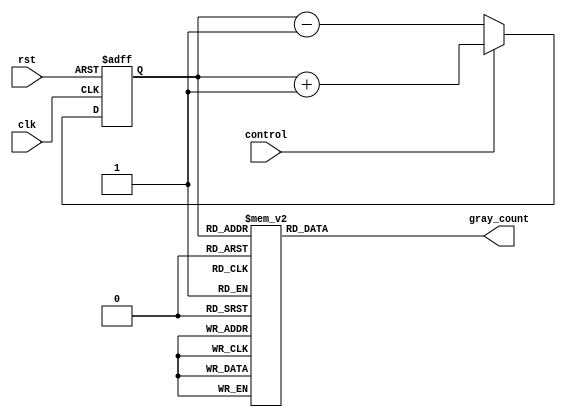
module up_down_gray_counter (
    input wire clk,
    input wire rst,
    input wire control,
    output reg [3:0] gray_count
);

reg [3:0] count_reg, next_count;

always @(posedge clk or posedge rst) begin
    if (rst) begin
        count_reg <= 4'b0000;
    end else begin
        count_reg <= next_count;
    end
end

always @* begin
    if (control) begin
        next_count = count_reg + 1;
    end else begin
        next_count = count_reg - 1;
    end
    case (count_reg)
        4'b0000: gray_count = 4'b0000;
        4'b0001: gray_count = 4'b0001;
        4'b0011: gray_count = 4'b0010;
        4'b0010: gray_count = 4'b0011;
        4'b0110: gray_count = 4'b0100;
        4'b0111: gray_count = 4'b0101;
        4'b0101: gray_count = 4'b0110;
        4'b0100: gray_count = 4'b0111;
        4'b1100: gray_count = 4'b1000;
        4'b1101: gray_count = 4'b1001;
        4'b1111: gray_count = 4'b1010;
        4'b1110: gray_count = 4'b1011;
        4'b1010: gray_count = 4'b1100;
        4'b1011: gray_count = 4'b1101;
        4'b1001: gray_count = 4'b1110;
        4'b1000: gray_count = 4'b1111;
    endcase
end

endmodule